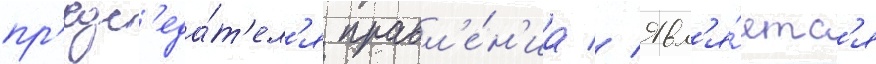
пр'едс'еда́т'ел'я правл'е́н'иа // Явл'я́етс'я